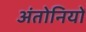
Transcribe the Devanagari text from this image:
अंतोनियों